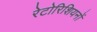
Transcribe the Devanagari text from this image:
रेटोरिशियनों